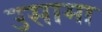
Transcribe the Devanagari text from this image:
उसामा